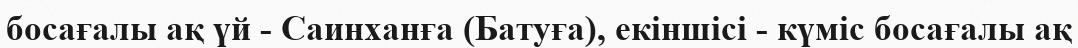
босағалы ақ үй - Саинханға (Батуға), екіншісі - күміс босағалы ақ